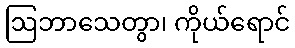
ဩဘာသေတွာ၊ ကိုယ်ရောင်